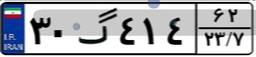
۹۵گ۳۱۹۵۹